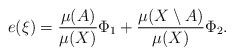
LaTeX: \begin{align*}e(\xi)=\frac{\mu(A)}{\mu(X)}\Phi_1+\frac{\mu(X\setminus A)}{\mu(X)}\Phi_2.\end{align*}